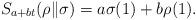
LaTeX: \begin{align*}S_{a+bt}(\rho\|\sigma)=a\sigma(1)+b\rho(1).\end{align*}